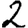
Digit: 2